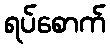
ရပ်စောက်